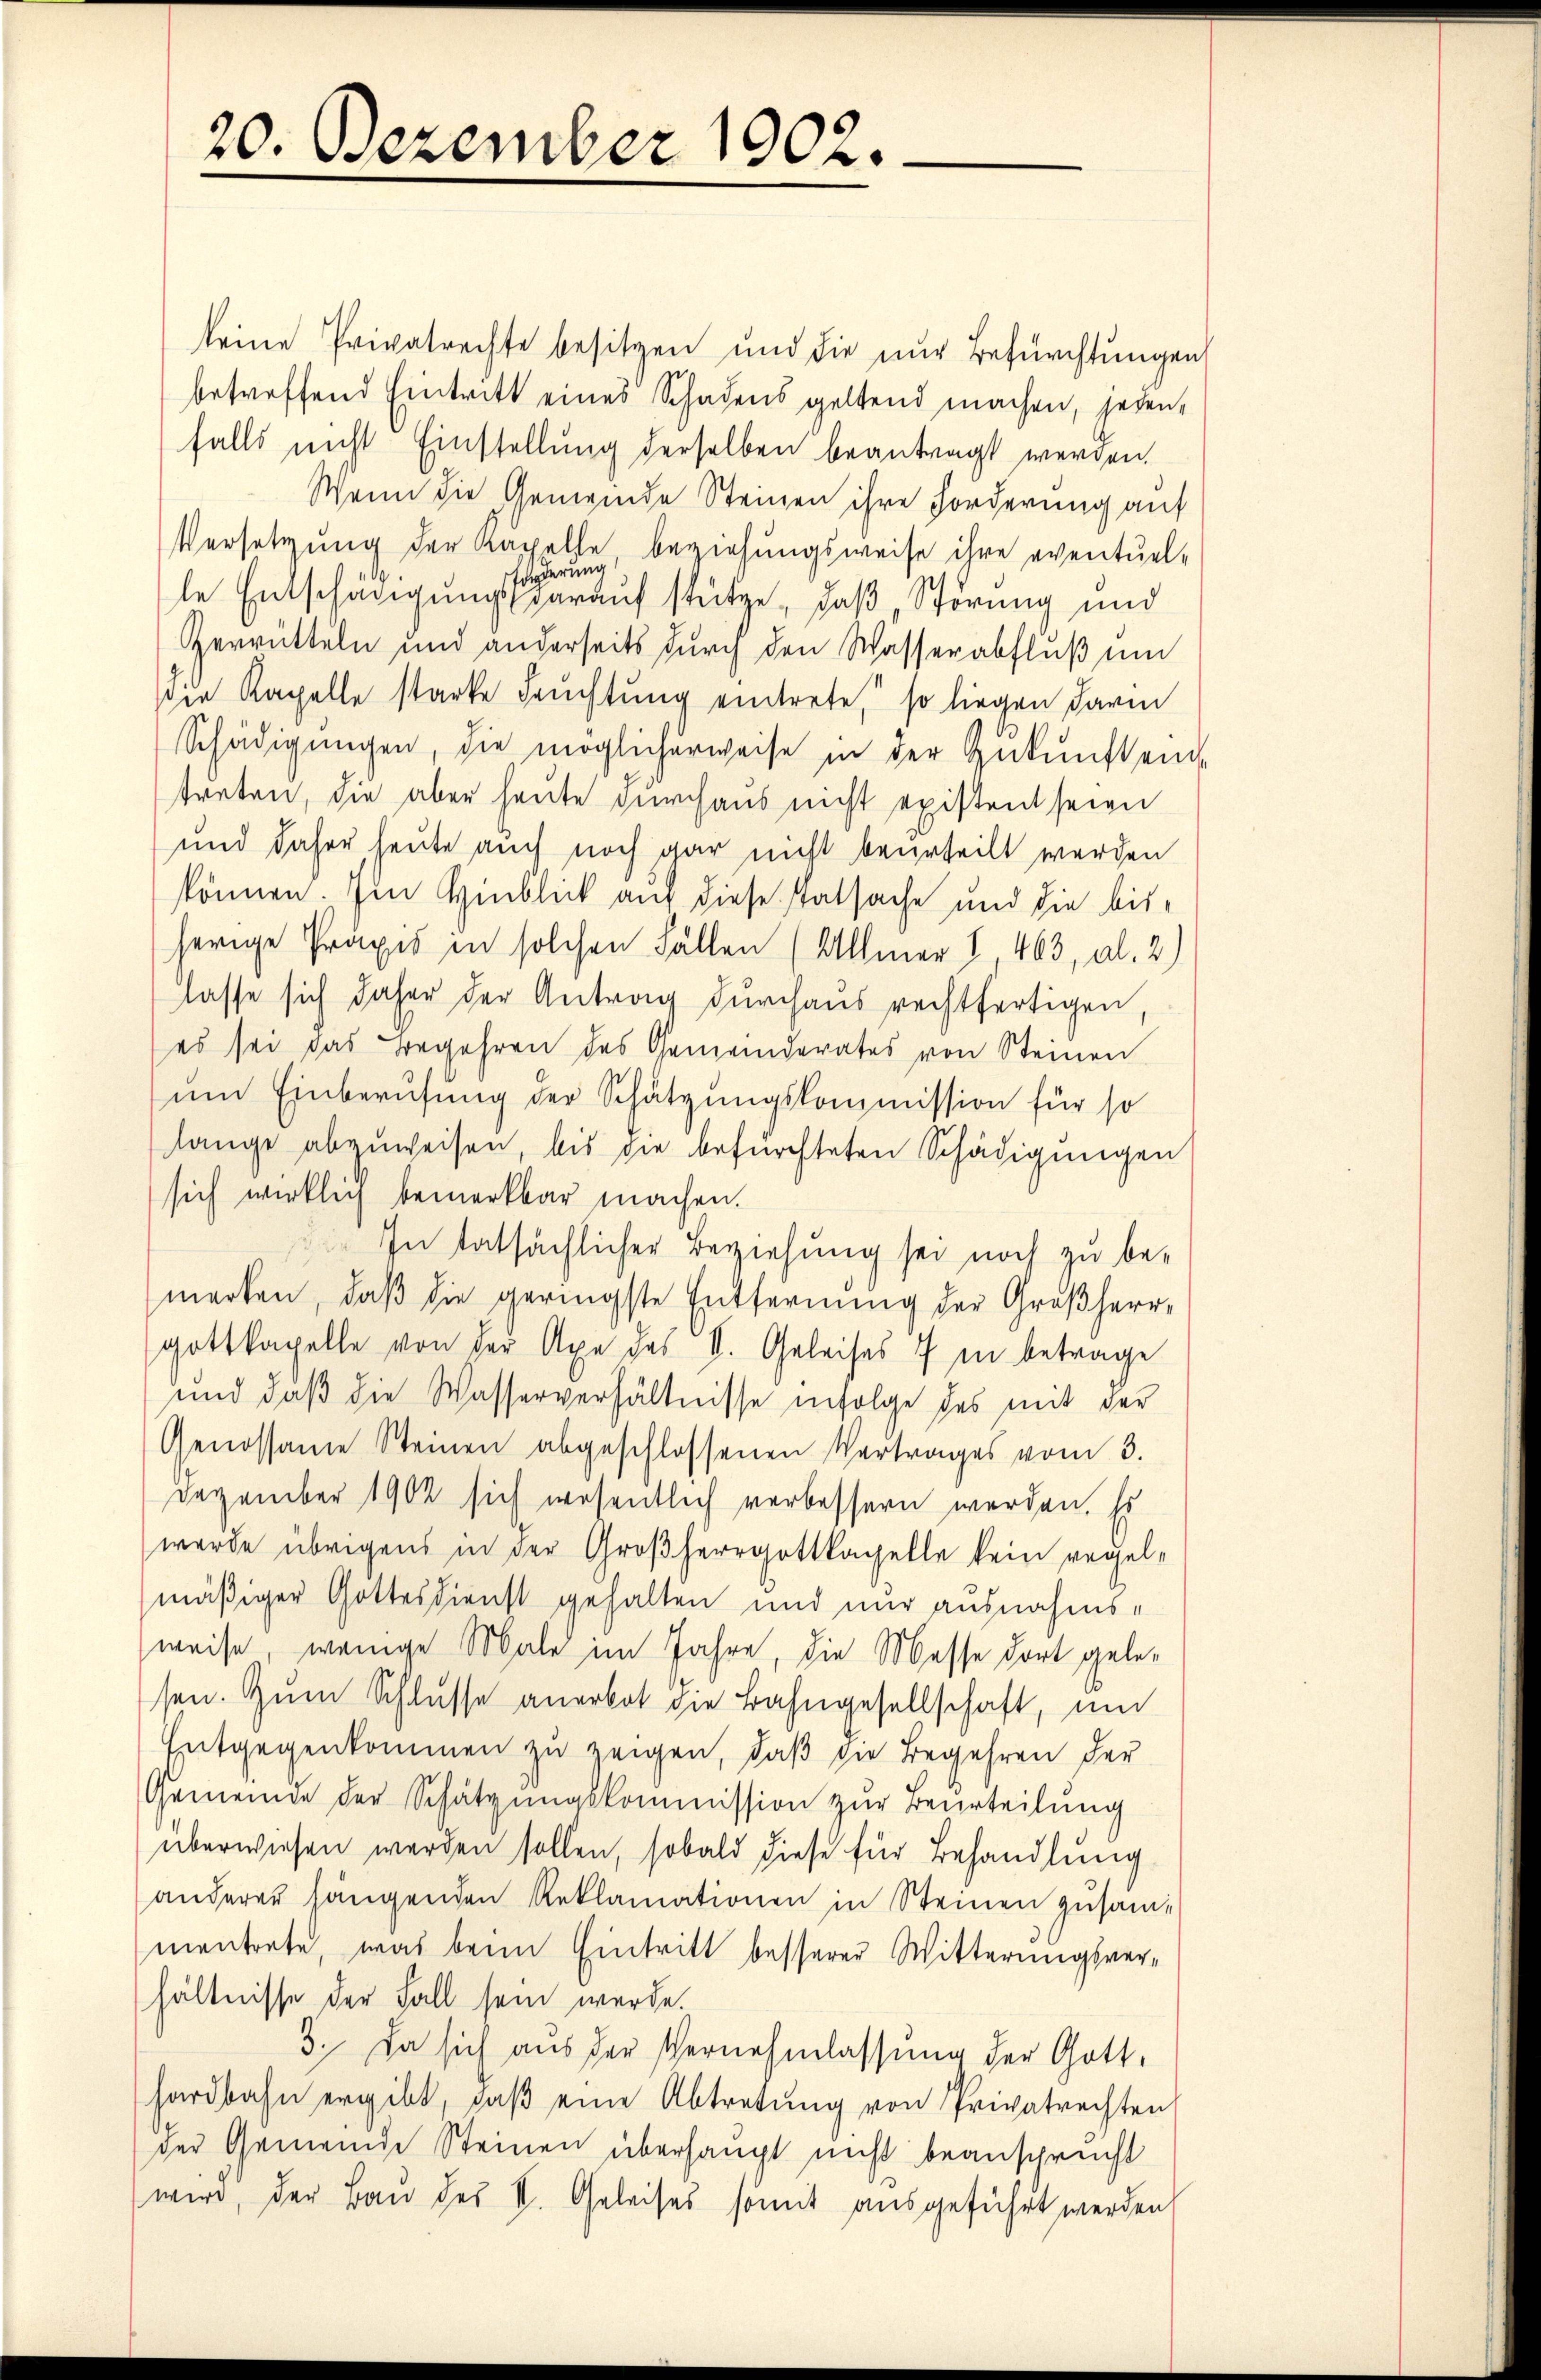
20. Dezember 1902.

keine Privatrechte besitzen und die nur Befürchtungen
betreffend Eintritt eines Schadens geltend machen, jeden,
falls nicht Einstellung derselben beantragt werden.
Wenn die Gemeinde Steinen ihre Forderung auf
Versetzung der Kapelle beziehungsweise ihre eventuel-
derung
le Entschädigung darauf stütze, daß Störung und
Zerrütteln und anderseits durch den Wasserabfluß um
die Kapelle starke Feuchtung eintrete, so liegen darin
Schädigŭngen, die möglicherweise in der Zŭkŭnftend
treten, die aber heute durchaus nicht existent seien
und daher heute auch noch gar nicht beurteilt werden
können. Im Hinblick auf diese Tatsache und die bisherige Praxis in solchen Fällen (Allmer 1, 463, al. 2)
lasse sich daher der Antrag durchaus rechtfertigen
(es sei das Begehren des Gemeinderates von Steinen
um Einberufung der Schätzungskommission für so
lange abzuweisen, bis die befürchteten Schädigungen
sich wirklich bemerkbar machen.
 In tatsächlicher Beziehung sei noch zu bemerken, daβ die geringste Entfernung der Großherr-
gottkapelle von der Axe des V. Geleises 7 in betrage
und daß die Wasserverhältnisse infolge des mit der
Genossame Steinen abgeschlossenen Vertrages vom 3.
Dezember 1902 sich wesentlich verbessern werden. Es
wurde übrigens in der Großherrgottkapelle kein regelmäßiger Gottesdienst gehalten und nur ausnahms-
weise, wenige Male im Jahre, die Masse dort gelesen. Zum Schlusse anerbot die Bahngesellschaft, um
Entgegenkommen zu zeigen, daβ die Begehren der
Gemeinde der Schätzungskommission zur Beurteilung
überwiesen werden sollen, sobald diese für Behandlung
anderer hängenden Reklamationen in Steinen zusam-
mentrete, was beim Eintritt besserer Witterungsverhältnisse der Fall sein werde.
3. Da sich aus der Vernehmlassung der Gotthardbahn ergibt, daβ eine Abtretung von Privatrechten
der Gemeinde Steinen überhaupt nicht beansprucht
wird, der Bau des II. Geleises somit ausgeführt werden